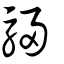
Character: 駸